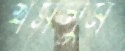
খসলুম